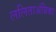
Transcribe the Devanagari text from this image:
ललिताअंबिका